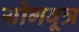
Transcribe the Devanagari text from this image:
योगवूत्र